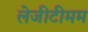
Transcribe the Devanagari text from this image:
लेजीटीमम